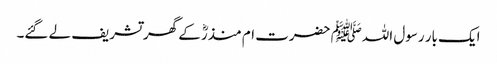
ایک بار رسول اللہﷺ حضرت ام منذرؓ کے گھر تشریف لے گئے۔